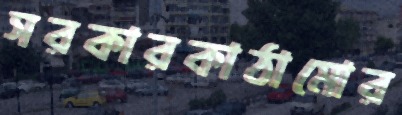
সরকারকাঠামোর